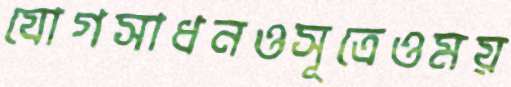
যোগসাধনওসূত্রেওময়